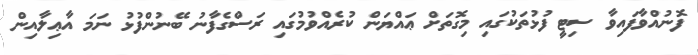
ފޮނުއްވާފައިވާ ސިޓީ ފުޅުތަކުގައި މިގޮތަށް ޢައްޔަން ކުރެއްވުމުގައި ރަސްގެފާނު ބޭނުންފުޅު ނަމަ އާޢިލާއިން